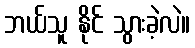
ဘယ်သူ နိုင် သွားခဲ့လဲ။